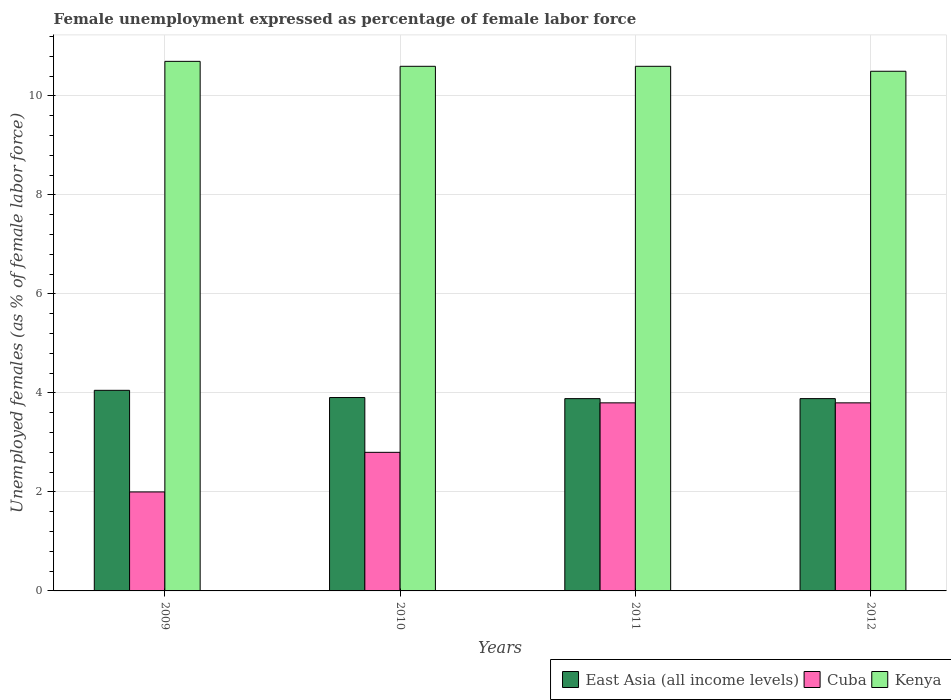
| Years | East Asia (all income levels) | Cuba | Kenya |
 | --- | --- | --- | --- |
 | 2009 | 4.05 | 2 | 10.7 |
 | 2010 | 3.91 | 2.8 | 10.6 |
 | 2011 | 3.89 | 3.8 | 10.6 |
 | 2012 | 3.89 | 3.8 | 10.5 |